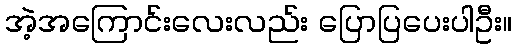
အဲ့အကြောင်းလေးလည်း ပြောပြပေးပါဦး။